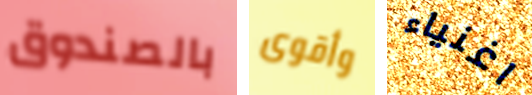
بالصندوق وأقوى اغنياء